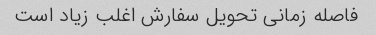
فاصله زمانی تحویل سفارش اغلب زیاد است